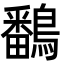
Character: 鷭